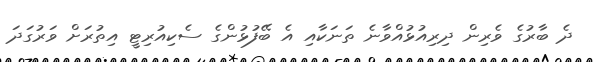
ދެ ބާރުގެ ވެރިން ދިރިއުޅުއްވާނެ ތަނަކާއި އެ ބޭފުޅުންގެ ސެކިއުރިޓީ އިތުރަށް ވަރުގަދަ